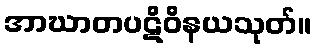
အာဃာတပဋိဝိနယသုတ်။